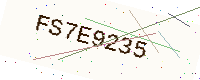
Text: FS7E9235